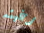
رغبته